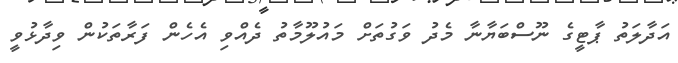
އަދާލަތު ޕާޓީގެ ނޫސްބަޔާނާ މެދު ވަގުތަށް މައުލޫމާތު ދެއްވި އެހެން ފަރާތަކުން ވިދާޅުވީ